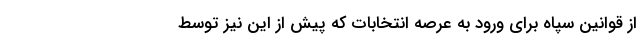
از قوانین سپاه برای ورود به عرصه انتخابات که پیش از این نیز توسط